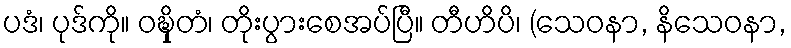
ပဒံ၊ ပုဒ်ကို။ ဝဍ္ဎှိတံ၊ တိုးပွားစေအပ်ပြီ။ တီဟိပိ၊ (သေဝနာ, နိသေဝနာ,